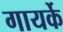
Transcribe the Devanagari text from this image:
गायर्के